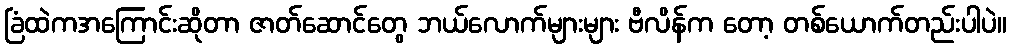
ခြံထဲကအကြောင်းဆိုတာ ဇာတ်ဆောင်တွေ ဘယ်လောက်များများ ဗီလိန်က တော့ တစ်ယောက်တည်းပါပဲ။